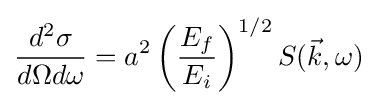
{\frac {d^{2}\sigma }{d\Omega d\omega }}=a^{2}\left({\frac {E_{f}}{E_{i}}}\right)^{1/2}S({\vec {k}},\omega )